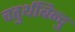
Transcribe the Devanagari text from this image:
चतुर्थबिन्दु